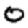
Digit: 0